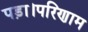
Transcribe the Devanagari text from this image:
पड़ा।परिणाम